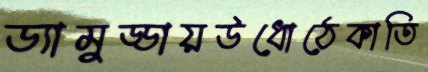
ড্যামুড্ডায়উধোঠেকাতি